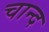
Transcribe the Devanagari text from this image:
चान्‍द